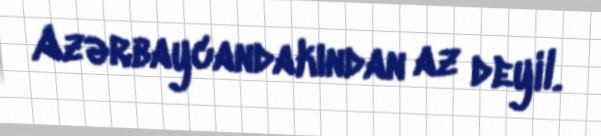
Azərbaycandakından az deyil.